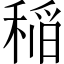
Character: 稲